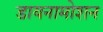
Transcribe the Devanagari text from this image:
डायनामोशन